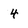
Character: 4